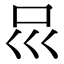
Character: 𠮰